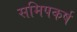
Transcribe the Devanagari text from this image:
समिपकर्ष